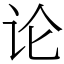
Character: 论